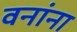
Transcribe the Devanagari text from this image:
वनांना